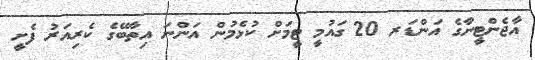
އާޖެންޓީނާގެ އަންޑަރ 20 ގައުމީ ޓީމަށް ކުޅެމުން އަންނަ އިތާބޭގެ ކެރިއަރު ފެށީ